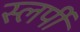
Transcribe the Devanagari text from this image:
स्लर्पी